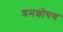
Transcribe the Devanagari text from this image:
श्रमशोषण